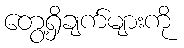
တွေ့ရှိချက်များကို